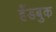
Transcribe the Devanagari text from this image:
हँडबुक